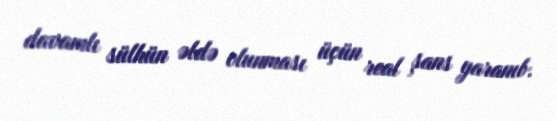
davamlı sülhün əldə olunması üçün real şans yaranıb.